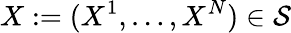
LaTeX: X:=(X^{1},\ldots,X^{N})\in\mathcal{S}